Annual statistical returns and brief notes on vaccination in Bengal - 1887-1898
Year: 1887
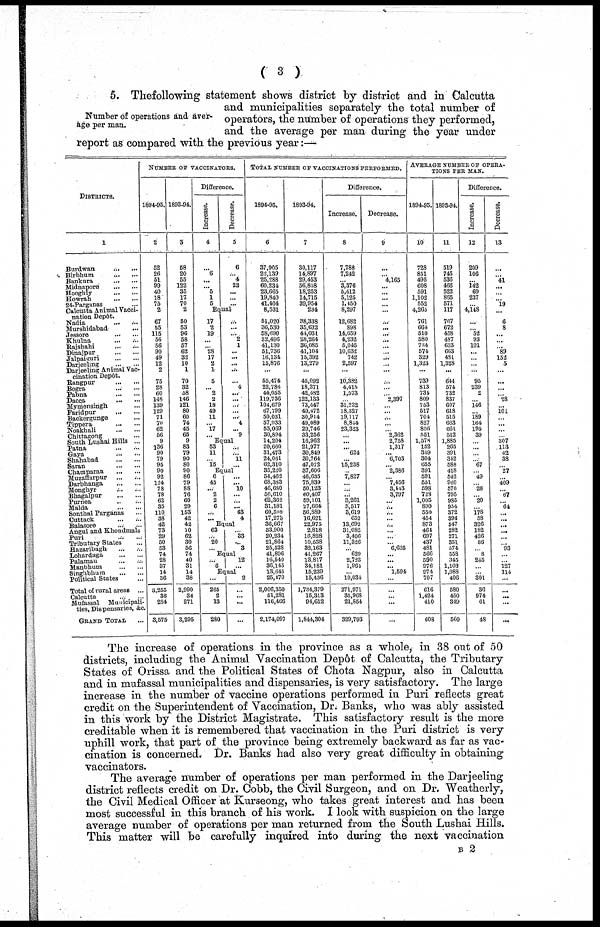
( 3 )
Number of operations and aver-
age per man.
5. Thefollowing statement shows district by district and in Calcutta
and municipalities separately the total number of
operators, the number of operations they performed,
and the average per man during the year under
report as compared with the previous year:—
DISTRICTS.
1
Burdwan
...
...
Birbhum ... ...
Bankura
...
...
Midnapore
...
...
Hooghly
...
...
Howrah
...
...
24-Parganas ...
Calcutta Animal Vacci-
nation Depôt.
Nadia ... ...
Murshidabad ...
Jessore
...
...
Khulna
...
...
Rajshahi ... ...
Dinajpur
...
...
Jalpaiguri
...
...
Darjeeling
...
...
Darjeeling Animal Vac-
cination Depôt.
Rangpur
...
...
Bogra
...
...
Pabna
...
...
Dacca
...
...
Mymensingh ...
Faridpur
...
...
Backergunge ...
Tippera
...
...
Noakhali
...
...
Chittagong ... ...
South Lushai Hills ...
Patna ... ...
Gaya
...
...
Shahabad
...
...
Saran
...
...
Champaran
...
...
Muzaffarpur ... ...
Darbhanga
...
...
Monghyr ... ...
Bhagalpur
...
...
Purnea
...
...
Malda
...
...
Sonthal Parganas ...
Cuttack
...
...
Balasore
...
...
Angul and Khondmals
Puri ... ...
Tributary States ...
Hazaribagh ... ...
Lohardaga
...
...
Palamau ... ...
Manbhum
...
...
Singhbhum
...
...
Political States ...
Total of rural areas ...
Calcutta
...
...
Mufassal
Municipali-
ties, Dispensaries, &c.
GRAND TOTAL ...
NUMBER OF VACCINATORS.
1894-95.
2
52
26
51
99
40
18
75
2
67
55
115
56
56
90
49
12
2
75
28
60
148
139
129
71
70
62
56
9
136
90
79
95
90
92
124
78
78
62
35
110
38
42
73
29
50
53
74
28
37
14
36
3,255
36
284
3,575
1893-94.
3
58
20
55
122
35
17
70
2
50
53
96
58
57
62
32
10
1
70
32
58
146
121
80
60
74
45
65
9
83
79
90
80
90
86
79
88
76
60
29
153
42
42
10
62
30
56
74
40
31
14
38
2,990
34
271
3,295
Difference.
Increase.
4
...
6
...
... 5
1
5
Decrease.
5
6
... 4
23
...
...
...
Equal
17
2
19
...
...
28
17
2
1
5
...
2
2
18
49
11
...
17
...
...
...
... 2
1
...
...
... ...
... 4
...
... ...
... ...
4
...
9
Equal
53
11
...
15
...
... 11
...
Equal
6
45
...
2
2
6
...
...
...
... 10
...
...
... 43
4
Equal
63
...
20
...
...
33
... 3
Equal
...
6
12
...
Equal
...
265
2
13
280
2
...
...
...
...
TOTAL NUMBER OF VACCINATIONS PERFORMED.
1894-95.
6
37,905
22,139
25,288
60,234
23,665
19,840
41,404
8,531
51,020
36,530
58,690
32,496
41,130
51,736
16,134
15,876
...
55,474
22,786
44,055
119,736
104,679
67,799
50,031
57,933
53,069
30,894
14,204
20,660
31,473
24,061
62,310
35,220
54,462
68,383
46,680
56,610
62,362
31,181
60,508
17,273
36,667
33,900
20,234
21,864
25,528
41,896
16,540
36,145
13,645
25,470
2,006,350
51,281
116,466
2,174,097
1893-94.
7
30,117
14,897
29,453
56,858
18,253
14,715
39,954
234
38,338
35,632
44,031
28,264
36,085
41,104
15,392
13,279
...
45,092
18,371
42,482
122,133
73,447
49,472
30,914
49,089
29,746
33,256
16,962
21,977
30,849
30,764
47,072
37,606
46,635
75,839
50,123
60,407
59,101
27,664
56,889
16,621
22,975
2,818
16,828
10,538
32,163
41,267
13,817
34,181
15,239
15,436
1,734,379
15,313
94,612
1,844,304
Difference.
Increase.
8
7,788
7,242
... 8,376
5,412
5,125
1,450
8,297
12,682
898
14,659
4,232
5,045
10,632
742
2,597
...
10,382
4,415
1,573
...
31,232
18,327
19,117
8,844
23,323
...
...
... 624
...
15,238
...
7,827
...
...
...
3,261
3,517
3,619
652
13,692
31,082
3,406
11,326
...
629
2,723
1,964
...
10,034
271,971
35,968
21,854
329,793
Decrease.
9
...
... 4,165
...
...
...
...
...
...
...
...
...
...
...
...
...
...
...
...
...
2,397
...
...
...
...
...
2,362
2,758
1,317
... 6,703
2,386
...
7,456
3,443
3,797
...
...
...
... ...
...
...
...
6,635
...
...
... 1,594
...
...
...
...
...
AVERAGE NUMBER OF OPERA-
TIONS PER MAN.
1894-95.
10
728
851
495
608
591
1,102
552
4,265
761
664
510
580
734
574
329
1,323
...
739
813
731
809
753
517
704
827
856
551
1,578
152
319
304
655
391
591
551
598
728
1,005
890
550
454
873
464
697
437
481
566
590
976
974
707
616
1,424
410
608
1893-94.
11
519
745
536
466
522
865
571
117
767
672
458
487
633
663
481
1,328
...
644
574
732
837
607
618
515
663
661
512
1,885
265
391
342
588
418
542
960
570
795
985
954
372
396
547
282
271
351
574
558
345
1,103
1,088
406
580
450
349
560
Difference.
Increase.
12
209
106
...
142
69
237
...
4,148
...
...
52
93
101
...
...
...
...
95
239
2
...
146
...
189
164
195
39
...
...
...
...
67
...
49
...
28
...
20
...
178
58
326
182
426
86
...
8
245
...
...
301
36
974
61
48
Decrease.
13
...
...
41
...
...
...
19
...
6
8
...
...
...
89
152
5
...
...
...
...
28
...
101
...
...
...
...
307
113
42
38
...
27
...
409
...
67
...
64
...
...
...
...
...
...
93
...
...
127
114
...
...
...
...
...
The increase of operations in the province as a whole, in 38 out of 50
districts, including the Animal Vaccination Depôt of Calcutta, the Tributary
States of Orissa and the Political States of Chota Nagpur, also in Calcutta
and in mufassal municipalities and dispensaries, is very satisfactory. The large
increase in the number of vaccine operations performed in Puri reflects great
credit on the Superintendent of Vaccination, Dr. Banks, who was ably assisted
in this work by the District Magistrate. This satisfactory result is the more
creditable when it is remembered that vaccination in the Puri district is very
uphill work, that part of the province being extremely backward as far as vac-
cination is concerned. Dr. Banks had also very great difficulty in obtaining
vaccinators.
The average number of operations per man performed in the Darjeeling
district reflects credit on Dr. Cobb, the Civil Surgeon, and on Dr. Weatherly,
the Civil Medical Officer at Kurseong, who takes great interest and has been
most successful in this branch of his work. I look with suspicion on the large
average number of operations per man returned from the South Lushai Hills.
This matter will be carefully inquired into during the next vaccination
B 2